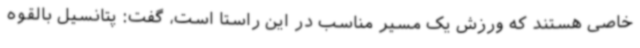
خاصی هستند که ورزش یک مسیر مناسب در این راستا است، گفت: پتانسیل بالقوه